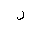
Letter: _lam